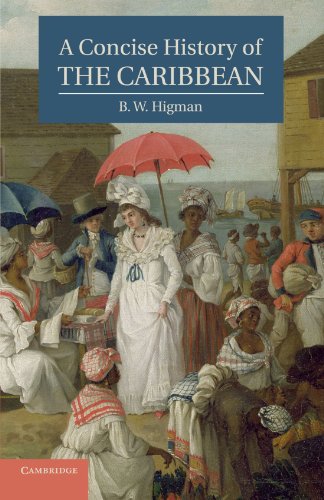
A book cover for A Concise History of the Caribbean (Cambridge Concise Histories); B. W. Higman; History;